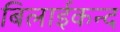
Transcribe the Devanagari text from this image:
बिलाईकन्द